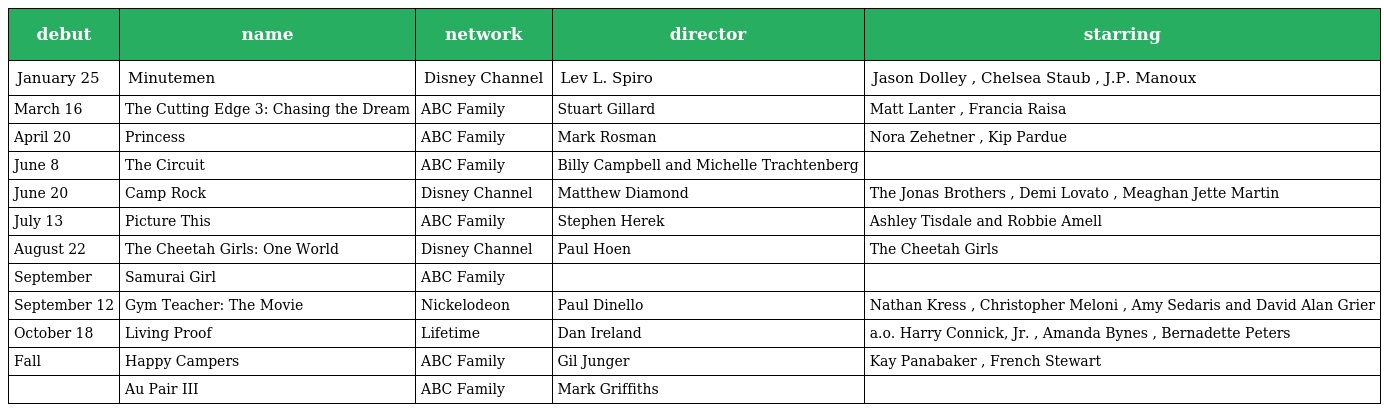
| debut | name | network | director | starring |
 | --- | --- | --- | --- | --- |
 | January 25 | Minutemen | Disney Channel | Lev L. Spiro | Jason Dolley , Chelsea Staub , J.P. Manoux |
 | March 16 | The Cutting Edge 3: Chasing the Dream | ABC Family | Stuart Gillard | Matt Lanter , Francia Raisa |
 | April 20 | Princess | ABC Family | Mark Rosman | Nora Zehetner , Kip Pardue |
 | June 8 | The Circuit | ABC Family | Billy Campbell and Michelle Trachtenberg |  |
 | June 20 | Camp Rock | Disney Channel | Matthew Diamond | The Jonas Brothers , Demi Lovato , Meaghan Jette Martin |
 | July 13 | Picture This | ABC Family | Stephen Herek | Ashley Tisdale and Robbie Amell |
 | August 22 | The Cheetah Girls: One World | Disney Channel | Paul Hoen | The Cheetah Girls |
 | September | Samurai Girl | ABC Family |  |  |
 | September 12 | Gym Teacher: The Movie | Nickelodeon | Paul Dinello | Nathan Kress , Christopher Meloni , Amy Sedaris and David Alan Grier |
 | October 18 | Living Proof | Lifetime | Dan Ireland | a.o. Harry Connick, Jr. , Amanda Bynes , Bernadette Peters |
 | Fall | Happy Campers | ABC Family | Gil Junger | Kay Panabaker , French Stewart |
 |  | Au Pair III | ABC Family | Mark Griffiths |  |